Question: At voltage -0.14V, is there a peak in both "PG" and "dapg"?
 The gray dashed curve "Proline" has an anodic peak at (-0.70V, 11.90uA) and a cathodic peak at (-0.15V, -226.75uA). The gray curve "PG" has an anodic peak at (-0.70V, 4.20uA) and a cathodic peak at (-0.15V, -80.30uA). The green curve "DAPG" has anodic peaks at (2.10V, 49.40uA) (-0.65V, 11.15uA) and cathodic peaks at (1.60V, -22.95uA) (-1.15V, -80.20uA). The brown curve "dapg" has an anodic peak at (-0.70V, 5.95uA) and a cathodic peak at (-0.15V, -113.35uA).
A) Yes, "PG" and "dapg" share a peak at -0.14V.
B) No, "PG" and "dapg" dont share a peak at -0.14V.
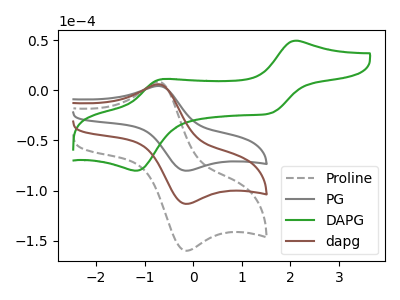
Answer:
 <answer>A) Yes, "PG" and "dapg" share a peak at -0.14V.</answer>
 <eval>A</eval>